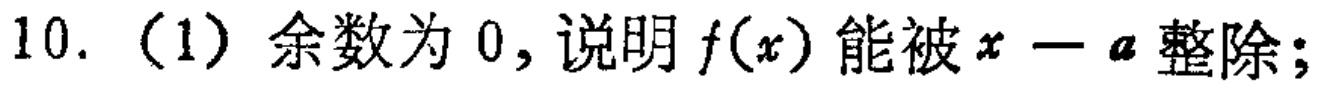
10.（1）余数为 0，说明 \(f(x)\) 能被 \(x - a\) 整除；